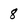
Character: 8